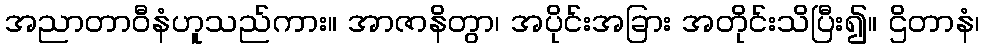
အညာတာဝီနံဟူသည်ကား။ အာဇာနိတွာ၊ အပိုင်းအခြား အတိုင်းသိပြီး၍။ ဌိတာနံ၊